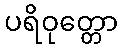
ပရိဝုတ္တော